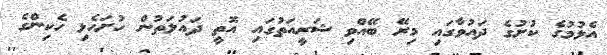
އެޅުމުގެ ކުށުގެ ދައުވާގައި މިރޭ ބޭއްވި ޝަރީއަތުގައި އޮތީ ދައުލަތުން ހުށަހެޅި ހެކިންގެ